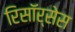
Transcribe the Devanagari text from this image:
रिसॉर्सेस